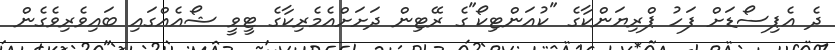
ދެ އެޕިސޯޑަށް ފަހު ޕްރިޔަންކާގެ "ކުއަންޓިކޯ"ގެ ރޭޓިން ދަށަށްއެމެރިކާގެ ޓީވީ ޝޯއެއްގައި ބައިވެރިވެގެން